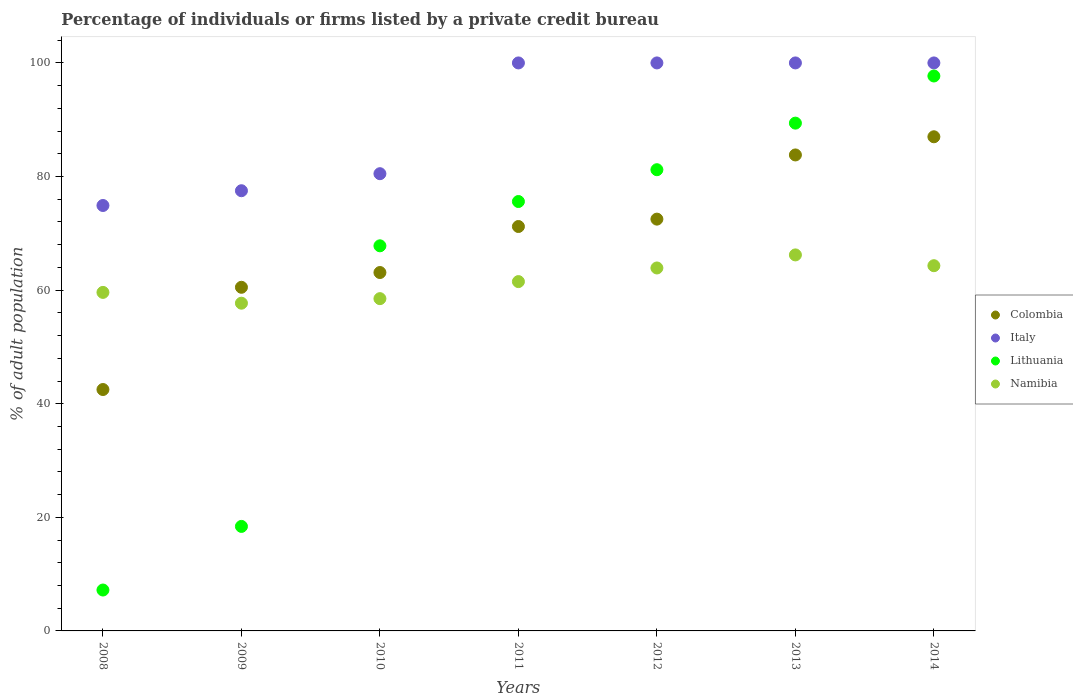
| Years | Colombia | Italy | Lithuania | Namibia |
 | --- | --- | --- | --- | --- |
 | 2008 | 42.5 | 74.9 | 7.2 | 59.6 |
 | 2009 | 60.5 | 77.5 | 18.4 | 57.7 |
 | 2010 | 63.1 | 80.5 | 67.8 | 58.5 |
 | 2011 | 71.2 | 100 | 75.6 | 61.5 |
 | 2012 | 72.5 | 100 | 81.2 | 63.9 |
 | 2013 | 83.8 | 100 | 89.4 | 66.2 |
 | 2014 | 87 | 100 | 97.7 | 64.3 |